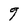
Character: g